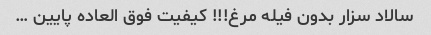
سالاد سزار بدون فیله مرغ!!! کیفیت فوق العاده پایین …